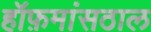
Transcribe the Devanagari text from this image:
हॉफ़मांसठाल